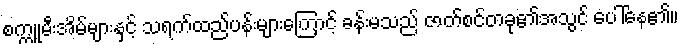
စက္ကူမီးအိမ်များနှင့် သရက်ထည်ပန်းများကြောင့် ခန်းမသည် ဇာတ်စင်တခု၏အသွင် ပေါ်နေ၏။